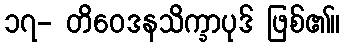
၁၇- တိဝေဒနသိက္ခာပုဒ် ဖြစ်၏။